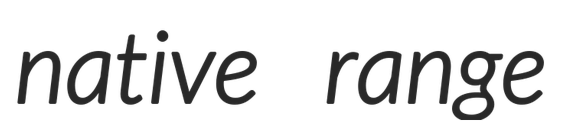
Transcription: native range